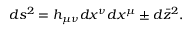
d s ^ { 2 } = h _ { \mu \nu } d x ^ { \nu } d x ^ { \mu } \pm d \bar { z } ^ { 2 } .